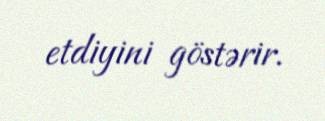
etdiyini göstərir.